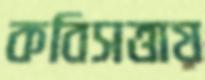
কবিসত্তায়